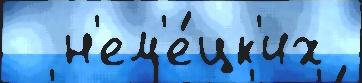
  н'ем'е́цк'их